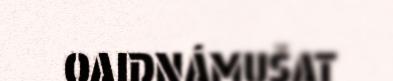
OAIDNÁMUŠAT